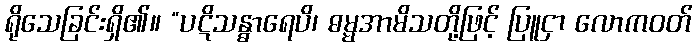
ရိုသေခြင်းရှိ၏။ “ပဋိသန္ဓာရေပိ၊ ဓမ္မအာမိသတို့ဖြင့် ပြူငှာ လောကဝတ်